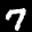
Label: 7